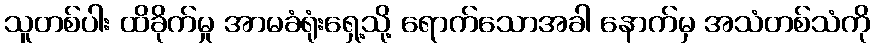
သူတစ်ပါး ထိခိုက်မှု အာမခံရုံးရှေ့သို့ ရောက်သောအခါ နောက်မှ အသံတစ်သံကို